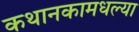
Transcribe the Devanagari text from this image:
कथानकामधल्या